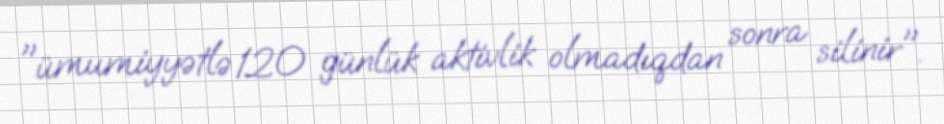
"ümumiyyətlə 120 günlük aktivlik olmadıqdan sonra silinir".